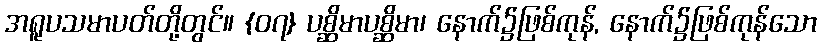
အရူပသမာပတ်တို့တွင်။ {၀၇} ပစ္ဆိမာပစ္ဆိမာ၊ နောက်၌ဖြစ်ကုန်, နောက်၌ဖြစ်ကုန်သော